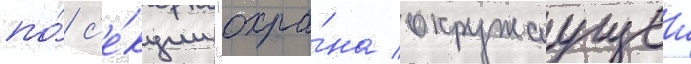
по́ с'е́кции "охра́на окружаущеи